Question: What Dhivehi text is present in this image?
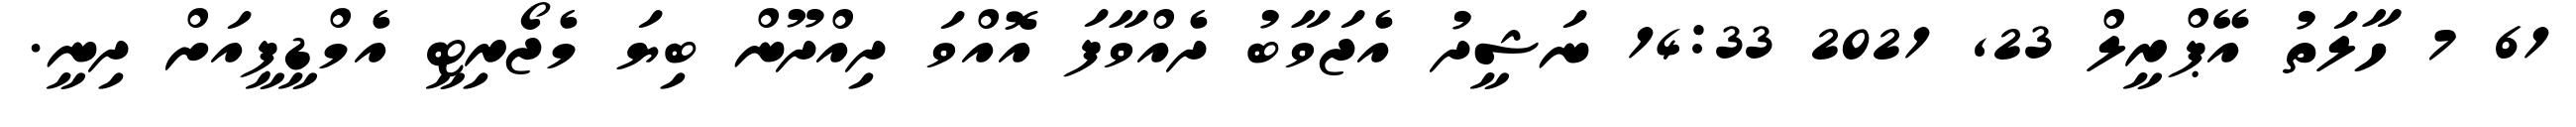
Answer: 61 7 ހާލަތު އޭޕްރީލް 23, 2021 14:33 ނަޝީދު އެޖަވާބު ދެއްވާފަ އޮއްވަ ދިއްދޫން ބިޔަ މެޖޯރިޓީ އެމްޑީޕީއަށް ދިނީ.